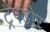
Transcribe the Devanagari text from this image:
ट्रैपडोर